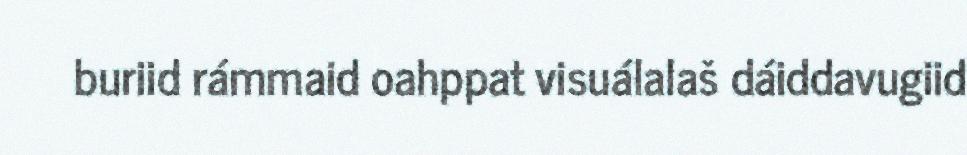
buriid rámmaid oahppat visuálalaš dáiddavugiid